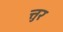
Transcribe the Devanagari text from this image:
त्तुर